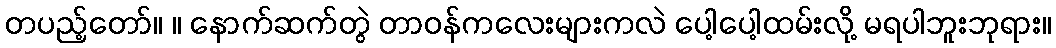
တပည့်တော်။ ။ နောက်ဆက်တွဲ တာဝန်ကလေးများကလဲ ပေါ့ပေါ့ထမ်းလို့ မရပါဘူးဘုရား။